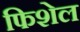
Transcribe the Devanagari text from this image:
फिशेल